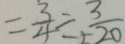
= \frac { 3 } { 4 } \div \frac { 3 } { 2 0 }